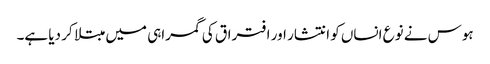
ہوس نے نوع انساں کو انتشار اور افتراق کی گمراہی میں مبتلا کر دیا ہے۔